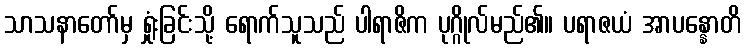
သာသနာတော်မှ ရှုံးခြင်းသို့ ရောက်သူသည် ပါရာဇိက ပုဂ္ဂိုလ်မည်၏။ ပရာဇယံ အာပန္နောတိ